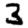
Digit: 3